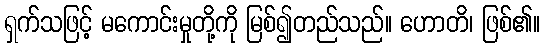
ရှက်သဖြင့် မကောင်းမှုတို့ကို မြစ်၍တည်သည်။ ဟောတိ၊ ဖြစ်၏။